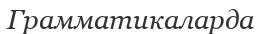
Грамматикаларда